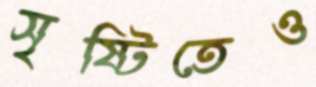
সৃষ্টিতেও